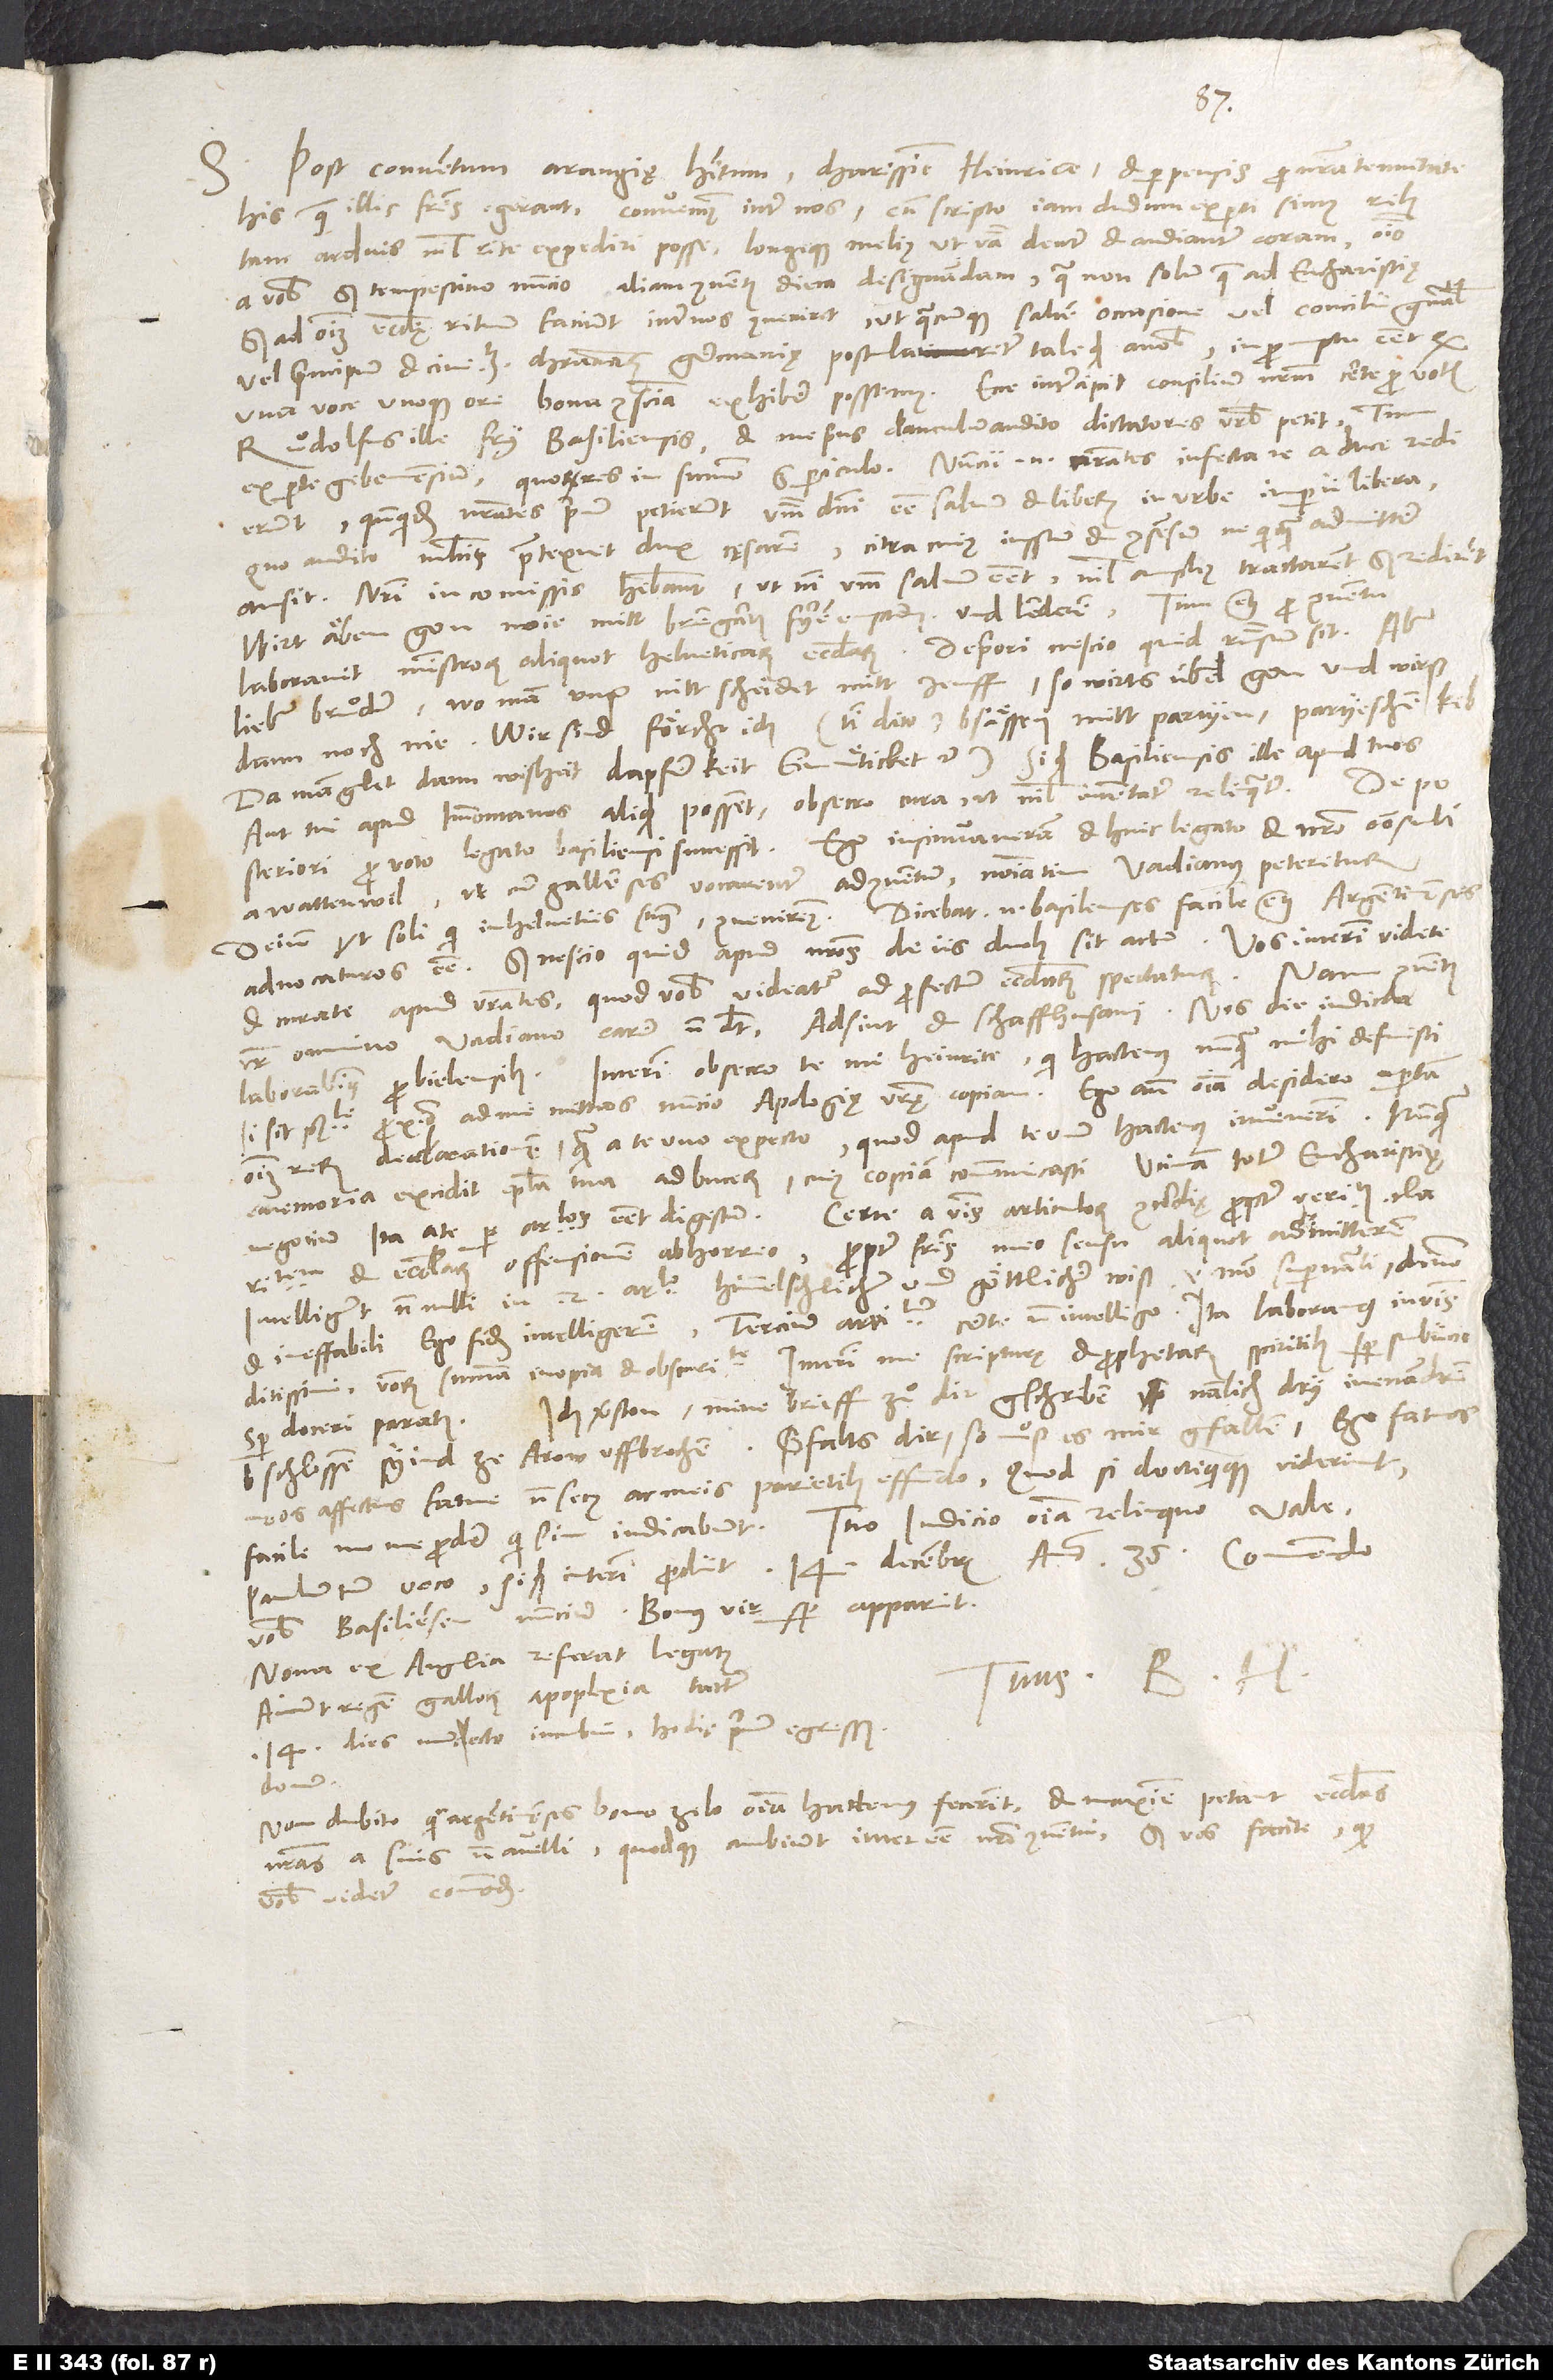
Post conventum Araugię habitum, charissime Heinrice, et perpensis pro nostra tenuitate
his, quae illic fratres egerant, convenimus inter nos, cum scripto iam dudum experti simus rebus
arduis nihil rite expediri posse longeque melius, ut verba dentur et audiantur coram, omnino
a vobis, sed tempestivo nuncio aliam conventus diem designandam, qua non solum, quae ad eucharistię,
sed ad omnium ecclesię rituum faciunt, inter nos conveniret, ut quacunque saltem occasione vel concilii generalis
in promptu esset, quod
vel principum et civitatum christianarum Germanię postularetur tale quid a nobis,
Ruͦdolfus ille Fry Basiliensis et me prius clanculum audito dictatores urbis petit - tum
ex parte Gebennensium, quorum res in summo est periculo. Nuncii enim nostrates infecta re a duce redierunt,
quandoquidem nostrates primum petierunt verbum domini esse salvum et liberum in urbe imperii libera.
Quo audito multis praetexuit dux cęsarem, citra cuius iussum et consensum ne quicquam admittere
ausit. Nostri in commissis habebant, ut nisi verbum salvum esset, nihil amplius tractarent, sed redirent.
Wirt äben gon wie mitt Bremgarten, Fryen Emptem und Lenderen. Tum etiam pro conventu
laboravit ministrorum aliquot Helveticarum ecclesiarum. De priori nescio, quid responsum sit, aber,
lieber bruͦder, wo man unß nitt scheidet mit Jenff, so wirts übel gon und wirß
dann noch nie. Wir sind, förcht ich (tibi dico), bsässen mitt partyen, partyeschem kib,
da manglet dann wisheit, dapferkeit, einmuͤtikeit etc. Si quid Basiliensis ille apud tuos
aut tui apud Immontanos aliquid possent, obsecro cura, ut nihil intentatum relinquatur. De
posteriori pro voto legato Basiliensi successit. Ego insinuaveram et huic legato et nostro consuli
a Wattenwil, ut cum Gallenses vocarentur ad conventum, nominatim Vadianus peteretur,
deinde ut soli, qui in Helvetiis sumus, conveniremus, dicebat enim Basilenses facile etiam Argentinenses
advocaturos esse, sed nescio, quid apud nostros de iis duobus sit actum. Vos interim videte
et curate apud vestrates, quod vobis videatur ad profectum ecclesiarum spectaturum. Nam conventus
vester omnino Vadiano carere non debet. Adsint et Schaffhusani. Nos die indicta
si sit possibile, proximo ad me mittas nuncio apologię vestre copiam. Ego ante omnia desidero apertam
omnium rerum declarationem, quam a te uno expecto, quod apud te unum hactenus invenerim. Nunquam
e memoria excidit epistola tua ad Bucerum, cuius copiam communicasti. Utinam totum eucharistię
claritatem et ecclesiarum offensionem abhorreo; propter fratres meo sensu aliquot admitterem.
Intelligunt nonnulli in 2. articulo "himmelschlicher und göttlicher wiß": Id est modo supernaturali, divino
S.
et ineffabili. Ego fidem intelligerem. Tercium articulum certe non intelligo. Ita laboramus in verbis
ditissimi verborum summa inopia et obscuritate. Interim me scripturę et prophetarum spiritibus semper subiicio
bschlossen, syind ze Arow uffbrochen. Gfalts dir, so muͦß es mir gfallen. Ego fatuos
meos affectus fatue non secus ac meis parietibus effundo. Quod si docti quique viderint,
facile me me prodere, qui sim, iudicabunt. Tuo iudicio omnia relinquo.
vobis Basiliensem nuncium; bonus vir semper apparuit.
Nova ex Anglia referat legatus.
Tuus B. H.
Aiunt regem Gallorum apoplexia tactum.
14 dies nunc lecto incubui hodie primum egressus
domum.
Non dubito, quin Argentinenses bono zelo omnia hactenus fecerint et maxime petant ecclesias
nostras a suis non avelli, quodque ambiunt interesse nostro conventui. Sed vos facite, quod
vobis videtur commodum.